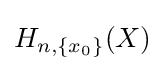
H_{n,\{x_{0}\}}(X)